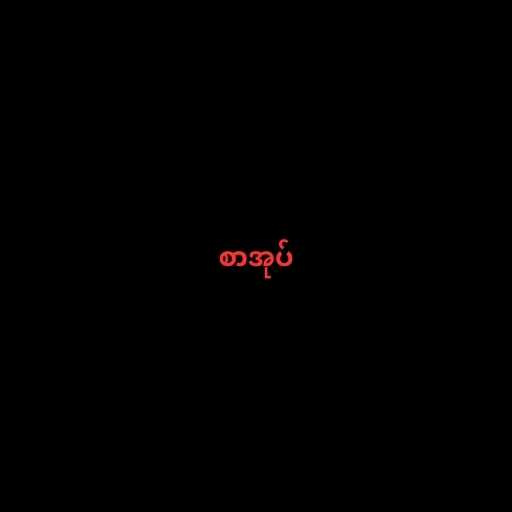
စာအုပ်